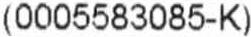
(0005583085-K)